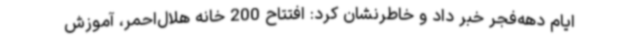
ایام دهه‌فجر خبر داد و خاطرنشان کرد: افتتاح 200 خانه هلال‌احمر، آموزش